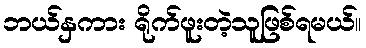
ဘယ်နှကား ရိုက်ဖူးတဲ့သူဖြစ်ရမယ်။